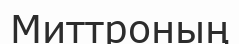
Миттроның